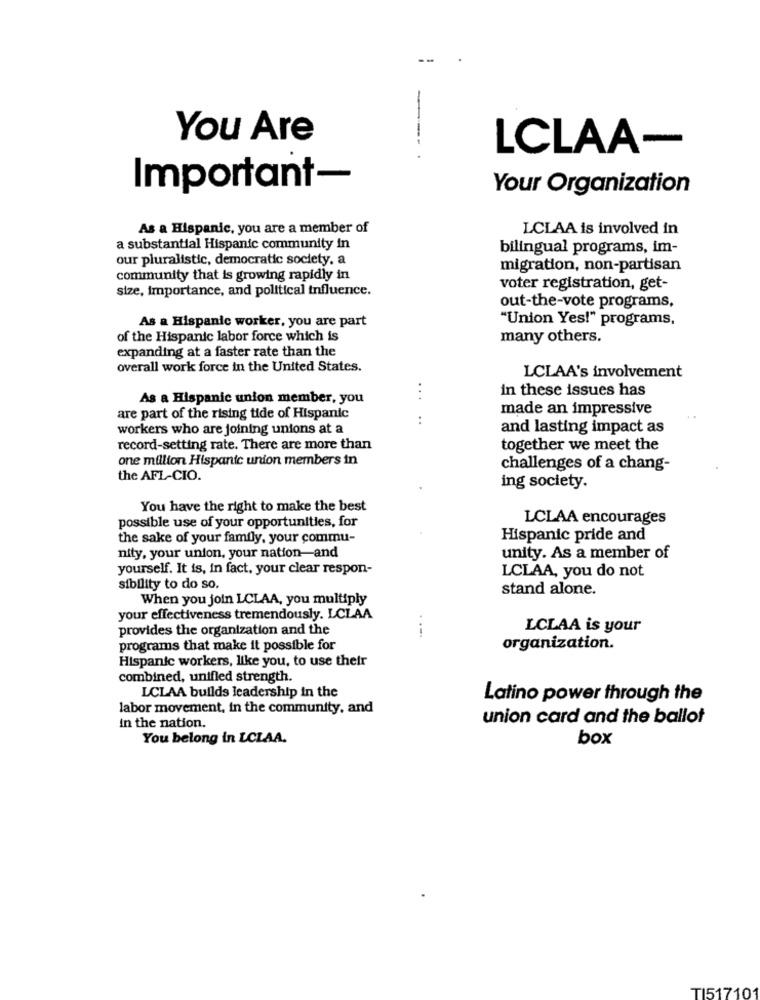
---
You Are
LCLAA-
Important-
Your Organization
As a Hispanic, you are a member of
LCLAA is involved in
a substantial Hispanic community in
bilingual programs, im-
our pluralistic, democratic society. a
migration, non-partisan
community that is growing rapidly in
size, importance, and political influence.
voter registration, get-
out-the-vote programs,
As a Hispanic worker, you are part
"Union Yes!" programs,
of the Hispanic labor force which is
many others.
expanding at a faster rate than the
overall work force in the United States.
LCLAA's involvement
in these issues has
As a Hispanic union member, you
made an impressive
are part of the rising tide of Hispanic
..
workers who are joining unions at a
and lasting impact as
record-setting rate. There are more than
together we meet the
one million Hispanic union members in
challenges of a chang-
the AFL-CIO.
ing society.
You have the right to make the best
possible use of your opportunities, for
LCLAA encourages
the sake of your family, your commu-
Hispanic pride and
nity, your union, your nation-and
unity. As a member of
yourself. It is, in fact, your clear respon-
LCLAA, you do not
sibility to do so.
stand alone.
When you join LCLAA, you multiply
your effectiveness tremendously. LCLAA
provides the organization and the
LCLAA is your
....
programs that make it possible for
organization.
Hispanic workers, like you, to use their
combined, unified strength.
LCLAA builds leadership in the
Latino power through the
labor movement, in the community, and
union card and the ballot
in the nation.
You belong in LCLAA.
box
TI517101